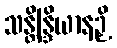
သန္တိန္ဒြိယာနဉှိ